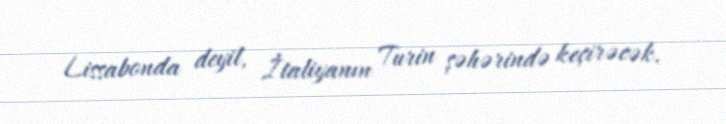
Lissabonda deyil, İtaliyanın Turin şəhərində keçirəcək.